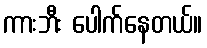
ကားဘီး ပေါက်နေတယ်။